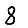
Digit: 8